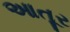
આતૂર